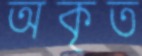
অকৃত